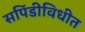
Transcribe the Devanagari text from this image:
सपिंडीविधीत